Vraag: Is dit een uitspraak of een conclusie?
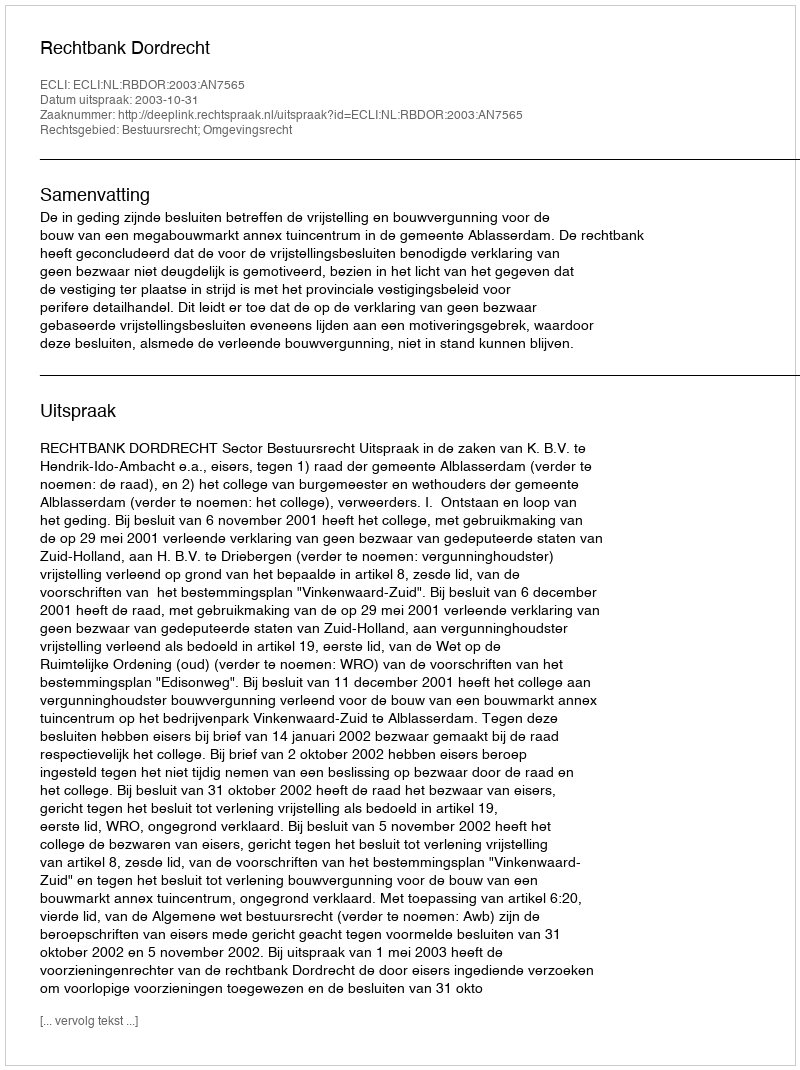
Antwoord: Uitspraak